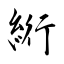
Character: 絎